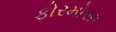
ફોરમોસા